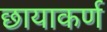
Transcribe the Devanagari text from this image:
छायाकर्ण